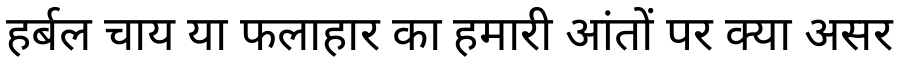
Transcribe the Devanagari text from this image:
हर्बल चाय या फलाहार का हमारी आंतों पर क्या असर